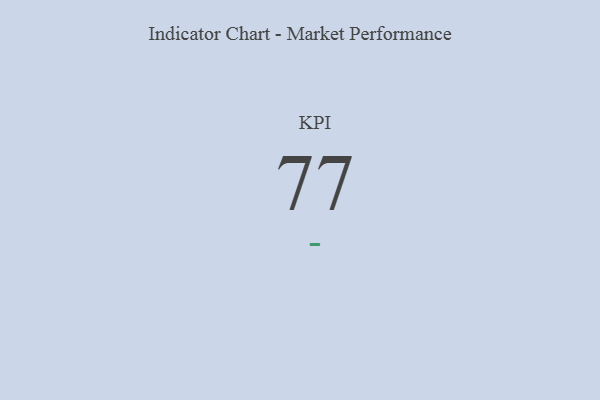
{"axis": {"x": "KPI", "y": "Value"}, "legend": [""], "data": [{"x": "KPI", "y": 77, "type": ""}]}